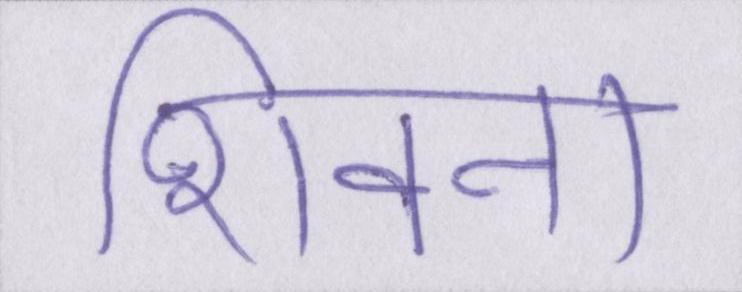
शिवना